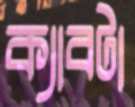
ক্যাবটা